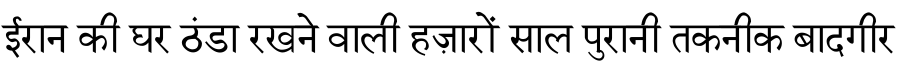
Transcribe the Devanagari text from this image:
ईरान की घर ठंडा रखने वाली हज़ारों साल पुरानी तकनीक बादगीर